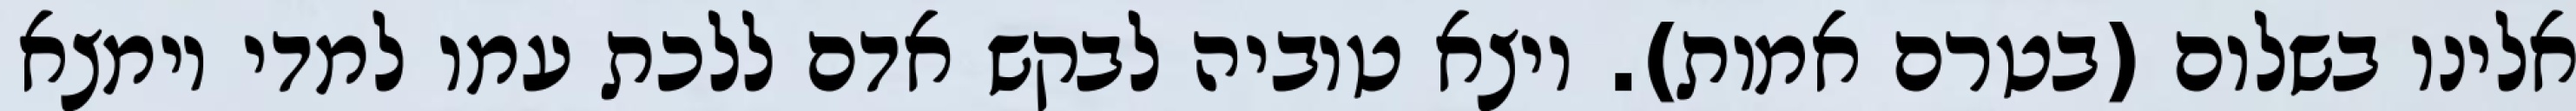
אלינו בשלום (בטרם אמות). ויצא טוביה לבקש אדם ללכת עמו למדי וימצא